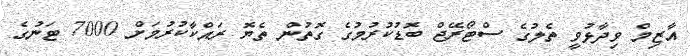
އާޒިމް ވިދާޅުވީ ތެލުގެ ސްޓޯރޭޖް ބޮޑުކުރުމުގެ ގޮތުން ތެޔޮ ރައްކާކުރުމަށް 7000 ޓަނުގެ